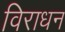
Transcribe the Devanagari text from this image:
विराधन